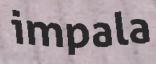
impala